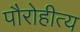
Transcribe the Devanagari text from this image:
पौरोहीत्य